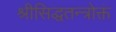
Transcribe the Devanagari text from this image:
श्रीसिद्धतन्त्रोक्तं